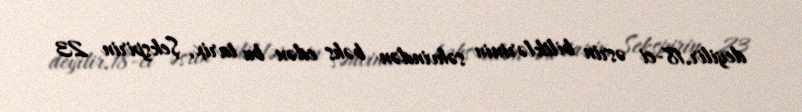
deyilir.18-ci əsrin biliklərinin səhvindən bəhs edən bu tarix, Şekspirin 23